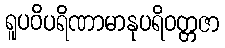
ရူပဝိပရိဏာမာနုပရိဝတ္တဇာ